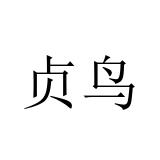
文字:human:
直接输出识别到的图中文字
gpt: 贞鸟